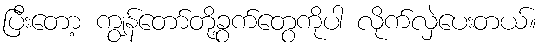
ပြီးတော့ ကျွန်တော်တို့ခွက်တွေကိုပါ လိုက်လှဲပေးတယ်။